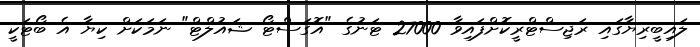
ލައިބީރިޔާގައި ރަޖިސްޓްރީކޮށްފައިވާ 27000 ޓަނުގެ "އޮގަސްޓޯ ޝައުލްޓް" ނަމަކަށް ކިޔާ އެ ބޯޓަކީ